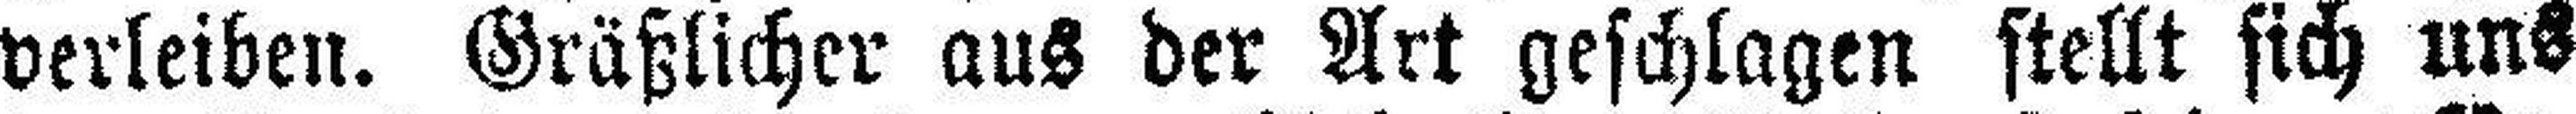
verleiben. Gräßlicher aus der Art geschlagen stellt sich uns